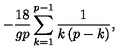
- \frac { 1 8 } { g p } \sum _ { k = 1 } ^ { p - 1 } \frac { 1 } { k \left( p - k \right) } ,